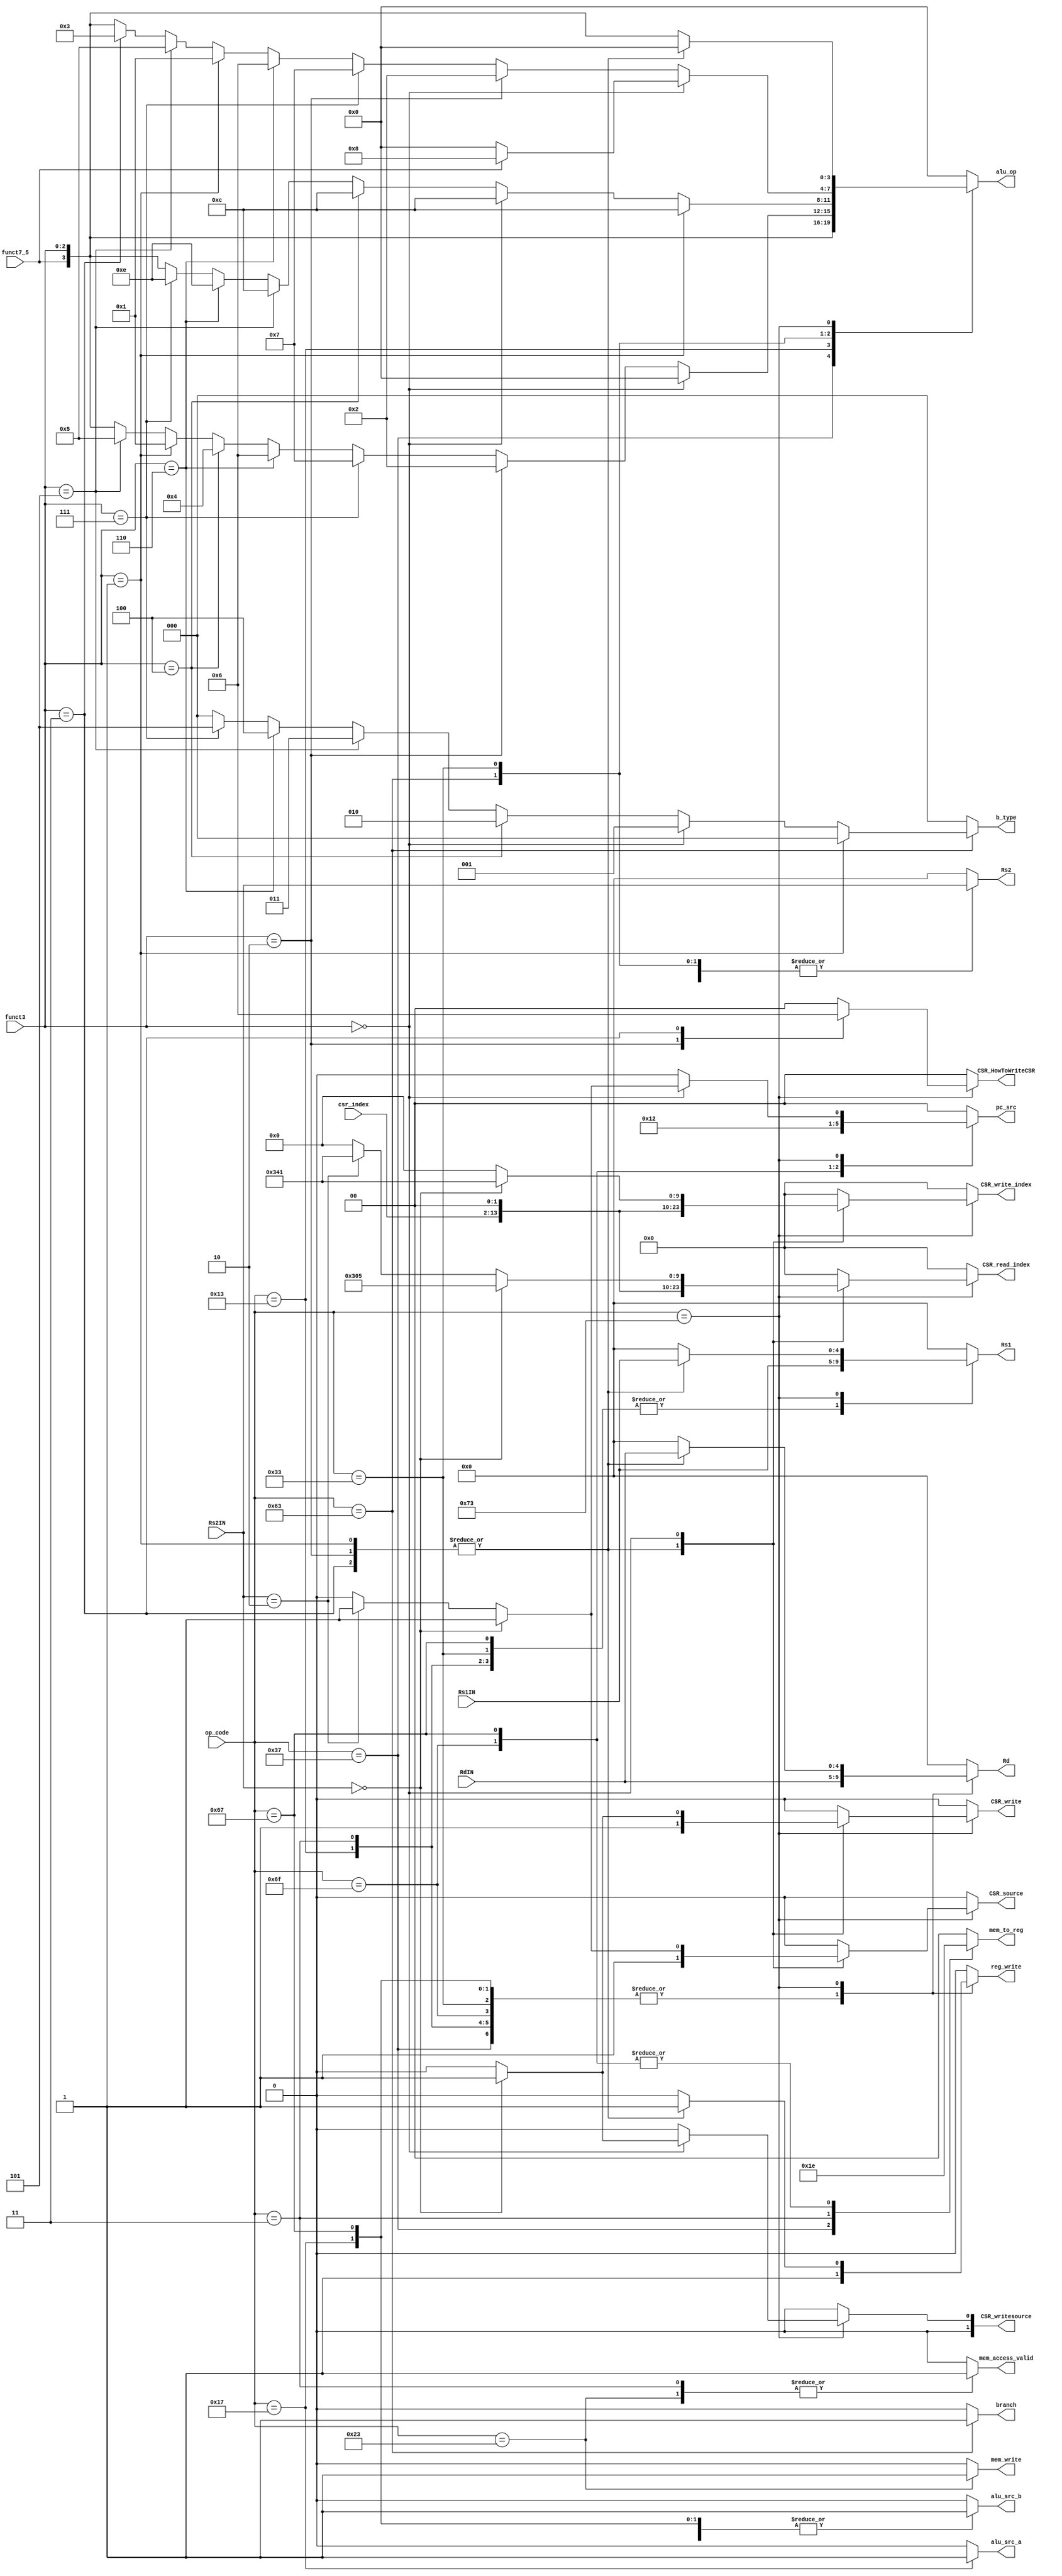
module Control(
input [11:0] csr_index,
input [6:0] op_code,
input [2:0] funct3,
input funct7_5,
input [4:0] RdIN,
input [4:0] Rs1IN,
input [4:0] Rs2IN,
output reg [1:0] pc_src,
output reg reg_write,
output reg alu_src_b,
output reg alu_src_a,       //ALU A1'b0regs1'b1pc
output reg [3:0] alu_op,
output reg [1:0] mem_to_reg,
output reg mem_write,
output reg branch,
output reg [2:0] b_type,
output reg [4:0] Rs1,
output reg [4:0] Rs2,
output reg [4:0] Rd,
output reg CSR_source,
output reg [11:0] CSR_read_index,
output reg [11:0] CSR_write_index,
output reg CSR_write,
output reg [1:0] CSR_writesource,
output reg [1:0] CSR_HowToWriteCSR,
output reg mem_access_valid
);

always @ (*) 
begin
pc_src <= 2'b0;
reg_write <= 1'b0;
alu_src_b <= 1'b0;
alu_src_a <= 1'b0;
alu_op <= {funct7_5, funct3};
mem_to_reg <= 2'b0;
mem_write <= 1'b0;
branch <= 1'b0;
b_type <= 3'b0;
Rs1 <= 4'b0;
Rs2 <= 4'b0;
Rd <= 4'b0;
CSR_source <= 1'b0;
CSR_read_index <= 12'b0;
CSR_write_index <= 12'b0;
CSR_write <= 1'b0;
CSR_writesource <= 2'b00;
CSR_HowToWriteCSR <= 2'b00;
mem_access_valid <= 1'b0;

        case (op_code)
            7'b0110111:     //U LUI
            begin 
                pc_src <= 2'b00; 
                reg_write <= 1'b1; 
                mem_to_reg <= 2'b01;
                branch <= 1'b0;
                b_type <= 3'b0;
                mem_write <= 1'b0;
                alu_src_b <= 1'b0;
                alu_src_a <= 1'b0;
                Rs1 <= 4'b0;
                Rs2 <= 4'b0;
                Rd <= RdIN;
            end
            
            7'b0010011:     //I
            begin
                pc_src <= 2'b00;
                reg_write <= 1'b1;
                mem_to_reg <= 2'b00;
                branch <= 1'b0;
                b_type <= 3'b0;
                mem_write <= 1'b0;
                alu_src_b <= 1'b1;
                alu_src_a <= 1'b0;
                Rs1 <= Rs1IN;
                Rs2 <= 4'b0;
                Rd <= RdIN;
                if(funct3==3'b000)      //ADDI
                    alu_op <= 4'b0000;
                else if(funct3==3'b010) //SLTI
                    alu_op <= 4'b0010;
                else if(funct3==3'b111) //ANDI
                    alu_op <= 4'b0111;
                else if(funct3==3'b110) //ORI
                    alu_op <= 4'b0110;
                else if(funct3==3'b100) //XORI
                    alu_op <= 4'b0100;
                else if(funct3==3'b001) //SLLI
                    alu_op <= 4'b0001;
                else if(funct3==3'b101) //SRLI
                    alu_op <= 4'b0101;
                        
            end
            
            7'b0000011:     //I LW
            begin
                pc_src <= 2'b00;
                reg_write <= 1'b1;
                mem_to_reg <= 2'b11;
                branch <= 1'b0;
                b_type <= 3'b0;
                mem_write <= 1'b0;
                alu_src_b <= 1'b1;
                alu_src_a <= 1'b0;
                alu_op <= 4'b0000;
                Rs1 <= Rs1IN;
                Rs2 <= 4'b0;
                Rd <= RdIN;
                mem_access_valid <= 1'b1;
            end
            
            7'b0100011:     //S SW
            begin
                pc_src <= 2'b00;
                reg_write <= 1'b0;
                mem_to_reg <= 2'b00;
                branch <= 1'b0;
                b_type <= 3'b0;
                mem_write <= 1'b1;
                alu_src_b <= 1'b1;
                alu_src_a <= 1'b0;
                alu_op <= 4'b0000;
                Rs1 <= Rs1IN;
                Rs2 <= Rs2IN;
                Rd <= 4'b0;
                mem_access_valid <= 1'b1;
            end
            
            7'b1100011:     //B
            begin
                pc_src <= 2'b00;
                reg_write <= 1'b0;
                mem_to_reg <= 2'b00;
                branch <= 1'b1;
                mem_write <= 1'b0;
                alu_src_b <= 1'b0;
                alu_src_a <= 1'b0;     
                Rs1 <= Rs1IN;
                Rs2 <= Rs2IN;
                Rd <= 4'b0;
                if(funct3 == 3'b001)      //BNE
                begin
                    b_type <= 3'b000;
                    alu_op <= 4'b1100;
                end
                
                else if(funct3 == 3'b000) //BEQ
                begin
                    b_type <= 3'b001;
                    alu_op <= 4'b1100;
                end
                    
                else if(funct3 == 3'b100)   //BLT
                begin
                    b_type <= 3'b010;
                    alu_op <= 4'b1100;
                end
                    
                else if(funct3 == 3'b101)   //BGE
                begin
                    b_type <= 3'b011;
                    alu_op <= 4'b1100;
                end
                    
                else if(funct3 == 3'b110)   //BLTU
                begin
                    b_type <= 3'b100;
                    alu_op <= 4'b1110;
                end
                    
                else if(funct3 == 3'b111)   //BGEU
                begin
                    b_type <= 3'b101;
                    alu_op <= 4'b1110;
                end                
            end
            
            7'b1101111:     //J JAL
            begin
                pc_src <= 2'b10;
                reg_write <= 1'b1;
                mem_to_reg <= 2'b10;
                branch <= 1'b0;
                mem_write <= 1'b0;
                alu_src_b <= 1'b0;
                alu_src_a <= 1'b0;
                alu_op <= 4'b0000;
                Rs1 <= 4'b0;
                Rs2 <= 4'b0;
                Rd <= RdIN;
            end
            
            7'b0110011:     //R
            begin
                pc_src <= 2'b00;
                reg_write <= 1'b1;
                mem_to_reg <= 2'b00;
                branch <= 1'b0;
                mem_write <= 1'b0;
                alu_src_b <= 1'b0;
                alu_src_a <= 1'b0;        
                Rs1 <= Rs1IN;
                Rs2 <= Rs2IN;
                Rd <= RdIN;
                
                if(funct3==3'b000)  //ADD
                begin
                    if(funct7_5)
                        alu_op <= 4'b1000;
                    else
                        alu_op <= 4'b0000;
                end
                else if(funct3==3'b010) //SLT
                    alu_op <= 4'b0010;
                else if(funct3==3'b111) //AND
                    alu_op <= 4'b0111;
                else if(funct3==3'b110) //OR
                    alu_op <= 4'b0110;
                else if(funct3==3'b001) //SLL
                    alu_op <= 4'b0001;
                else if(funct3==3'b101) //SRL
                    alu_op <= 4'b0101;
                else if(funct3==3'b011) //SLTU
                    alu_op <= 4'b0011;   
            end
            
            7'b0010111:     //U AUIPC
            begin
                pc_src <= 2'b00;
                reg_write <= 1'b1;
                mem_to_reg <= 2'b00;
                branch <= 1'b0;
                mem_write <= 1'b0;
                alu_src_b <= 1'b1;
                alu_src_a <= 1'b1;
                alu_op <= 4'b0000;
                Rs1 <= 4'b0;
                Rs2 <= 4'b0;
                Rd <= RdIN;
            end
            
            7'b1100111:     //I JALR
            begin
                pc_src <= 2'b01;
                reg_write <= 1'b1;
                mem_to_reg <= 2'b10;
                branch <= 1'b0;
                mem_write <= 1'b0;
                alu_src_b <= 1'b1;
                alu_src_a <= 1'b0;
                alu_op <= 4'b0000;
                Rs1 <= Rs1IN;
                Rs2 <= 4'b0;
                Rd <= RdIN;
            end
            
            7'b1110011:
            begin
                case(funct3)
                3'b001:     //CSRRW
                begin
                    alu_op <= 4'b0000;
                    pc_src <= 2'b00;
                    reg_write <= 1'b1;
                    mem_to_reg <= 2'b00;
                    branch <= 1'b0;
                    mem_write <= 1'b0;
                    alu_src_b <= 1'b0;
                    alu_src_a <= 1'b0;        
                    Rs1 <= Rs1IN;
                    Rs2 <= 5'b0;
                    Rd <= RdIN;
                    CSR_source <= 1'b1;
                    CSR_read_index <= csr_index;
                    CSR_write_index <= csr_index;
                    CSR_write <= 1'b1;
                    CSR_HowToWriteCSR <= 2'b00;
                end
                
                3'b010:     //CSRRS
                begin
                    alu_op <= 4'b0000;
                    pc_src <= 2'b00;
                    reg_write <= 1'b1;
                    mem_to_reg <= 2'b00;
                    branch <= 1'b0;
                    mem_write <= 1'b0;
                    alu_src_b <= 1'b0;
                    alu_src_a <= 1'b0;        
                    Rs1 <= Rs1IN;
                    Rs2 <= 5'b0;
                    Rd <= RdIN;
                    CSR_source <= 1'b1;
                    CSR_read_index <= csr_index;
                    CSR_write_index <= csr_index;
                    CSR_write <= 1'b1;
                    CSR_HowToWriteCSR <= 2'b01;
                end
                
                3'b011:     //CSRRC
                begin
                    alu_op <= 4'b0000;
                    pc_src <= 2'b00;
                    reg_write <= 1'b1;
                    mem_to_reg <= 2'b00;
                    branch <= 1'b0;
                    mem_write <= 1'b0;
                    alu_src_b <= 1'b0;
                    alu_src_a <= 1'b0;        
                    Rs1 <= Rs1IN;
                    Rs2 <= 5'b0;
                    Rd <= RdIN;
                    CSR_source <= 1'b1;
                    CSR_read_index <= csr_index;
                    CSR_write_index <= csr_index;
                    CSR_write <= 1'b1;
                    CSR_HowToWriteCSR <= 2'b10;
                end
                
                3'b000:
                begin
                    if(Rs2IN == 5'b0)       //ECALL
                    begin
                        pc_src <= 2'b01;
                        reg_write <= 1'b0;
                        mem_to_reg <= 2'b00;
                        branch <= 1'b0;
                        mem_write <= 1'b0;
                        alu_src_b <= 1'b0;
                        alu_src_a <= 1'b0;
                        Rs1 <= 5'b0;
                        Rs2 <= 5'b0;
                        Rd <= 5'b0;
                        CSR_source <= 1'b1;
                        CSR_read_index <= 12'h305;
                        CSR_write_index <= 12'h341;
                        CSR_write <= 1'b1;
                        CSR_writesource <= 2'b01;
                        CSR_HowToWriteCSR <= 2'b00;
                    end
                    else if(Rs2IN == 5'b00010)      //MRET
                    begin
                        pc_src <= 2'b01;
                        reg_write <= 1'b0;
                        mem_to_reg <= 2'b00;
                        branch <= 1'b0;
                        mem_write <= 1'b0;
                        alu_src_b <= 1'b0;
                        alu_src_a <= 1'b0;
                        Rs1 <= 5'b0;
                        Rs2 <= 5'b0;
                        Rd <= 5'b0;
                        CSR_source <= 1'b1;
                        CSR_read_index <= 12'h341;
                        CSR_write_index <= 12'h0;
                        CSR_write <= 1'b0;
                        CSR_writesource <= 2'b00;
                        CSR_HowToWriteCSR <= 2'b00;
                    end
                end
                
                endcase
            end
            
            default: alu_op <= 4'b0;
            endcase
    end
endmodule